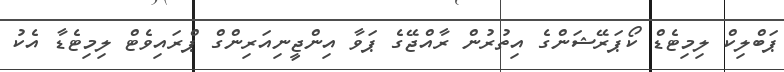
ޕަބްލިކް ލިމިޓެޑް ކޯޕަރޭޝަންގެ އިތުރުން ރާއްޖޭގެ ޕަވާ އިންޖީނިއަރިންގް ޕްރައިވެޓް ލިމިޓެޑާ އެކު